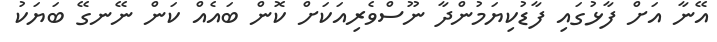
އޭނާ އަށް ފާޅުގައި ފާޑުކިޔަމުންދާ ނޫސްވެރިއަކަށް ކޮން ބައެއް ކަން ނޭނގޭ ބަޔަކު